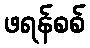
ဖရန်စစ်